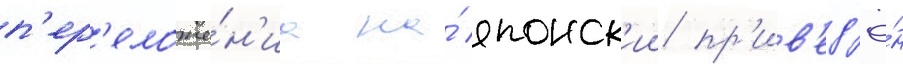
п'ер'еложе́н'иа на́ японск'ии пр'ив'ед'ё́н